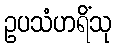
ဥပသံဟရိံသု